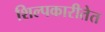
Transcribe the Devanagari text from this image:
शिल्पकारीतेत